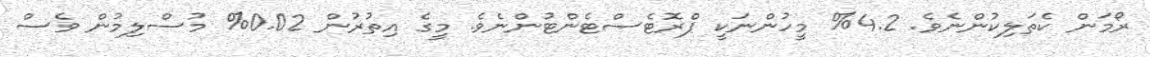
ރޯމަން ކެތަލިކުންނެވެ. 4.2% މީހުންނަކީ ޕްރޮޓެސްޓެންޓުންނެވެ. މީގެ އިތުރުން 0.02% މުސްލިމުން ވެސް